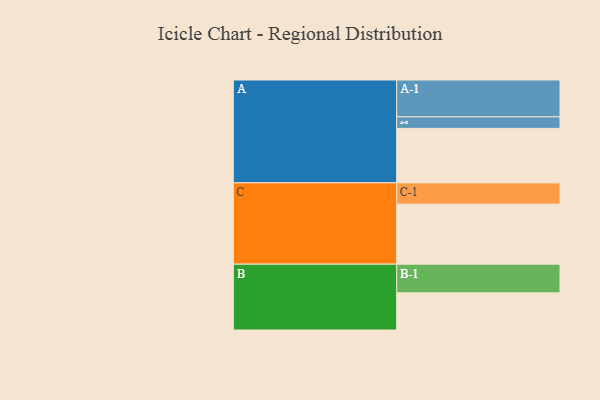
{"axis": {"x": "Segment", "y": "Value"}, "legend": ["", "A", "B", "C"], "data": [{"x": "A", "y": 440, "type": ""}, {"x": "B", "y": 300, "type": ""}, {"x": "C", "y": 485, "type": ""}, {"x": "A-1", "y": 298, "type": "A"}, {"x": "A-2", "y": 93, "type": "A"}, {"x": "B-1", "y": 232, "type": "B"}, {"x": "C-1", "y": 172, "type": "C"}]}